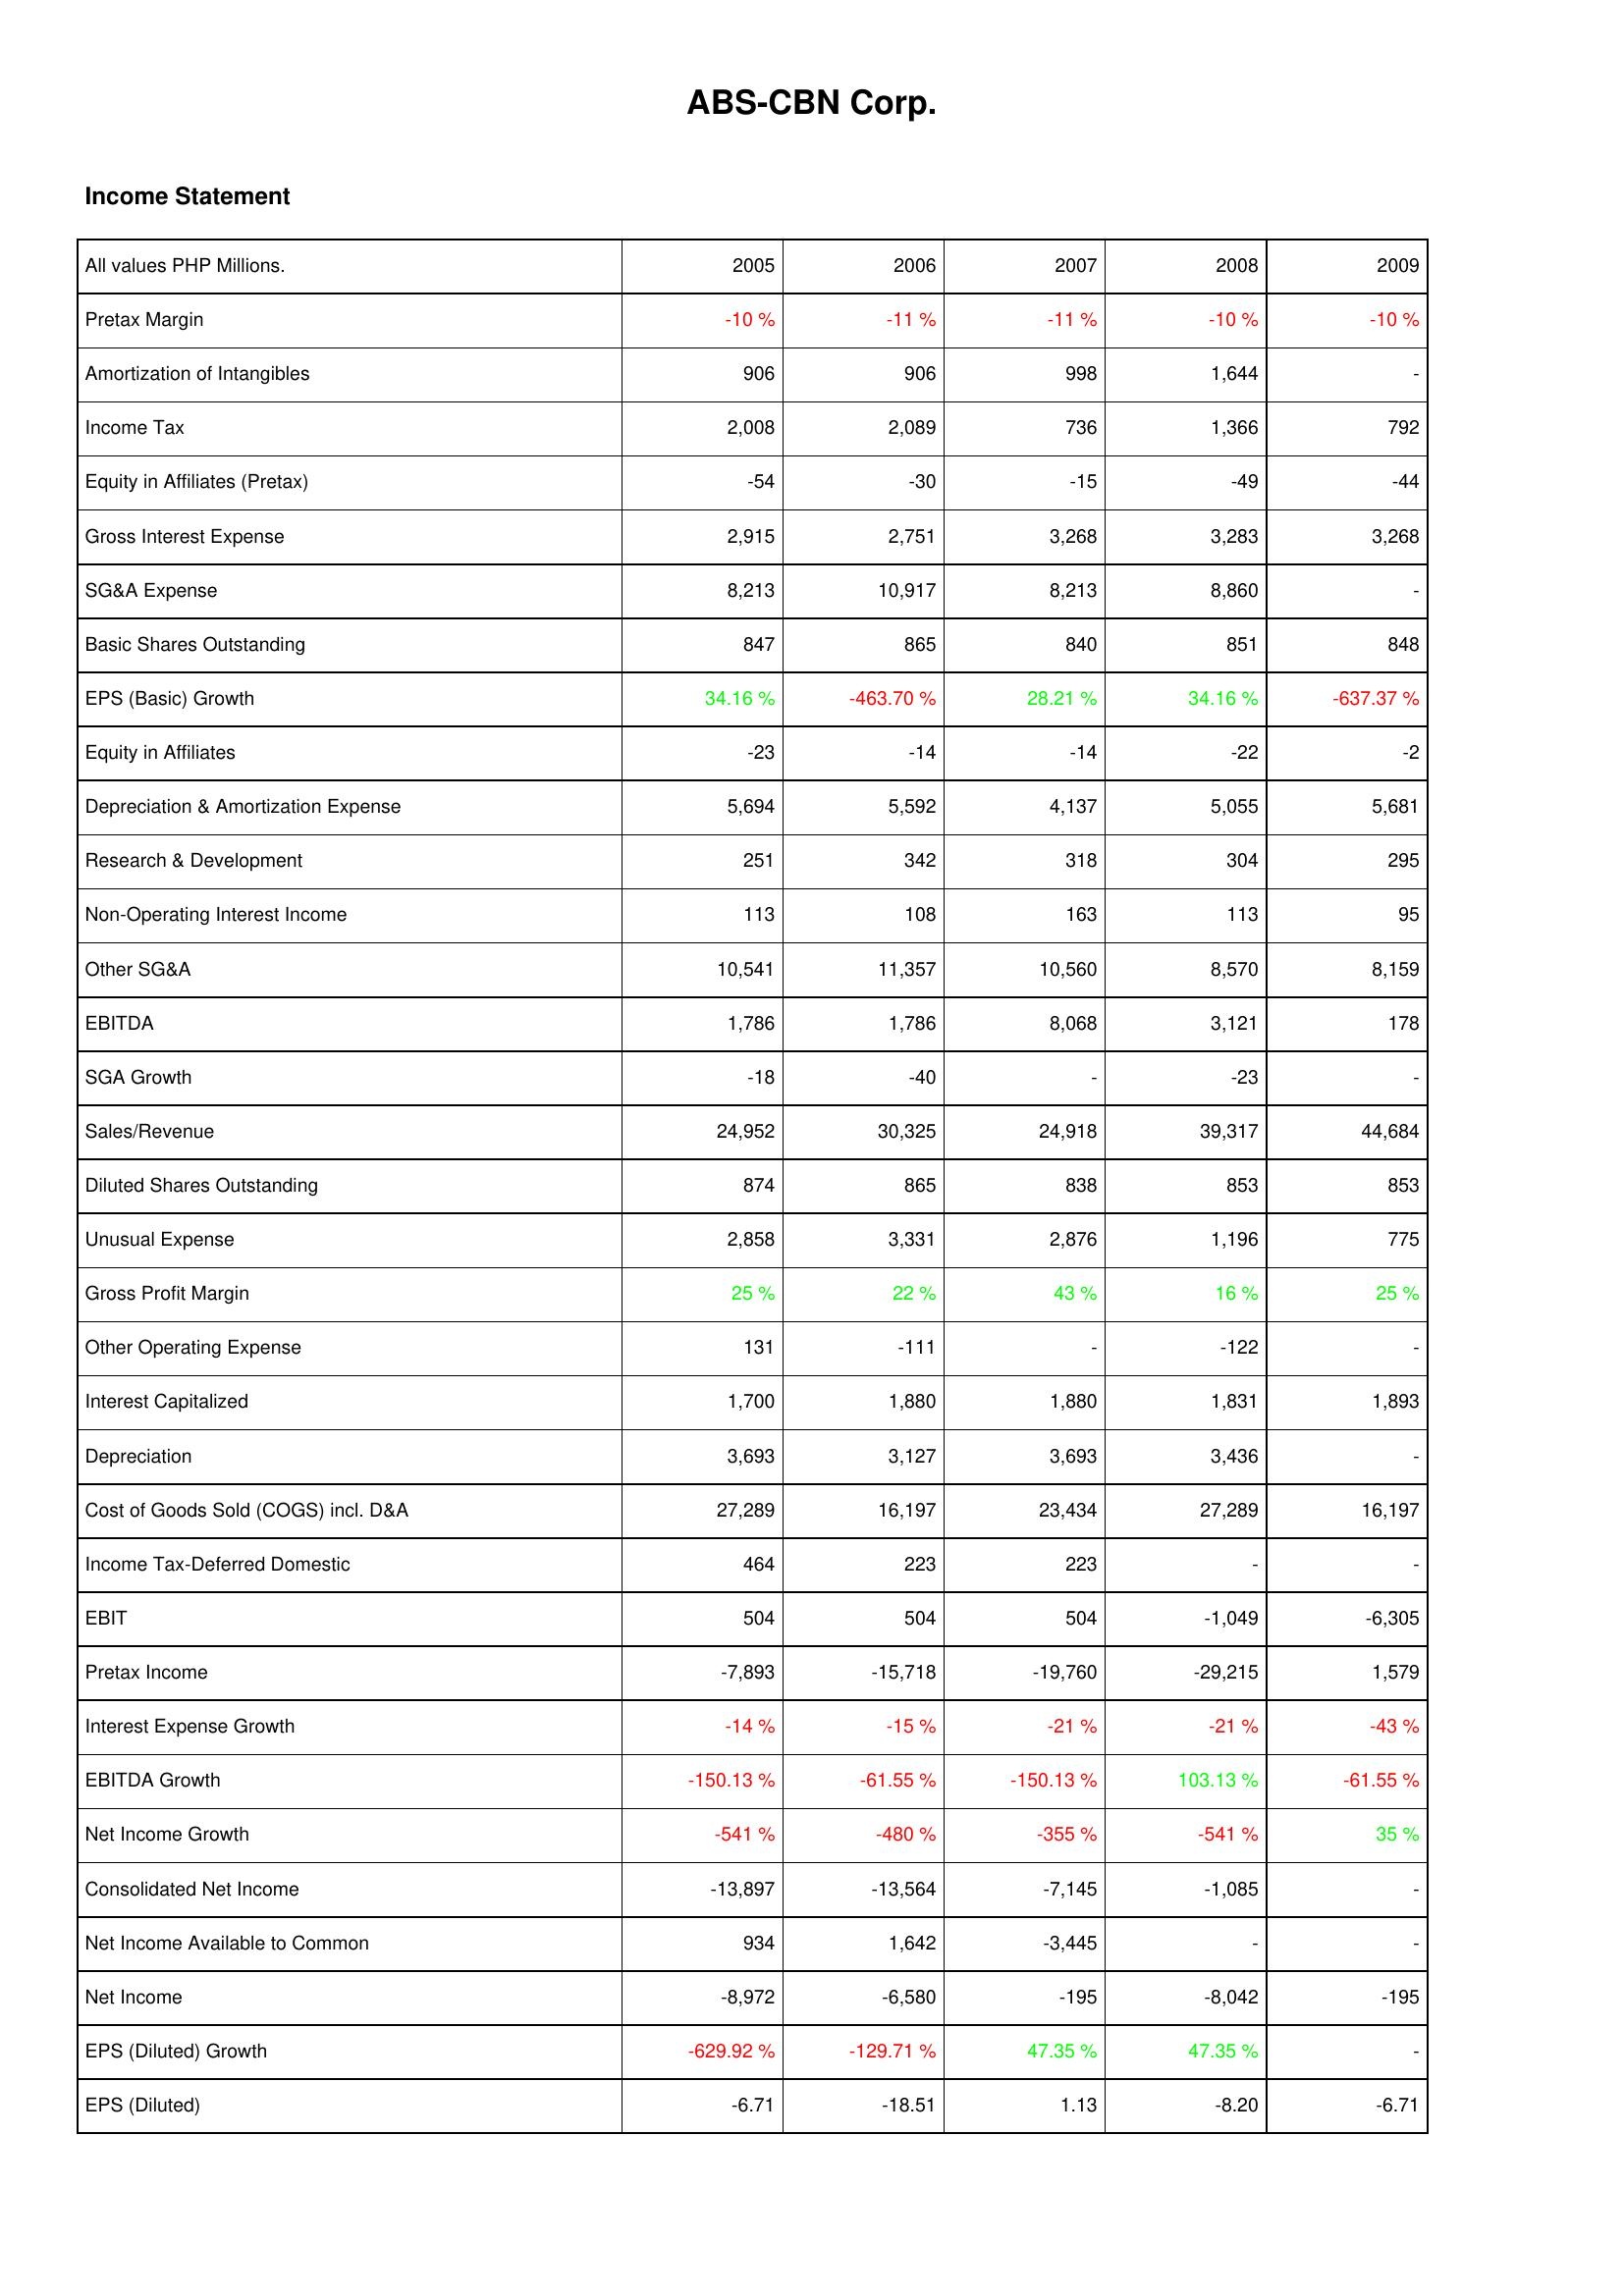
2005: Income Statement: Pretax Margin: -10 %
Amortization of Intangibles: 906
Income Tax: 2,008
Equity in Affiliates (Pretax): -54
Gross Interest Expense: 2,915
SG&A Expense: 8,213
Basic Shares Outstanding: 847
EPS (Basic) Growth: 34.16 %
Equity in Affiliates: -23
Depreciation & Amortization Expense: 5,694
Research & Development: 251
Non-Operating Interest Income: 113
Other SG&A: 10,541
EBITDA: 1,786
SGA Growth: -18
Sales/Revenue: 24,952
Diluted Shares Outstanding: 874
Unusual Expense: 2,858
Gross Profit Margin: 25 %
Other Operating Expense: 131
Interest Capitalized: 1,700
Depreciation: 3,693
Cost of Goods Sold (COGS) incl. D&A: 27,289
Income Tax-Deferred Domestic: 464
EBIT: 504
Pretax Income: -7,893
Interest Expense Growth: -14 %
EBITDA Growth: -150.13 %
Net Income Growth: -541 %
Consolidated Net Income: -13,897
Net Income Available to Common: 934
Net Income: -8,972
EPS (Diluted) Growth: -629.92 %
EPS (Diluted): -6.71
2006: Income Statement: Pretax Margin: -11 %
Amortization of Intangibles: 906
Income Tax: 2,089
Equity in Affiliates (Pretax): -30
Gross Interest Expense: 2,751
SG&A Expense: 10,917
Basic Shares Outstanding: 865
EPS (Basic) Growth: -463.70 %
Equity in Affiliates: -14
Depreciation & Amortization Expense: 5,592
Research & Development: 342
Non-Operating Interest Income: 108
Other SG&A: 11,357
EBITDA: 1,786
SGA Growth: -40
Sales/Revenue: 30,325
Diluted Shares Outstanding: 865
Unusual Expense: 3,331
Gross Profit Margin: 22 %
Other Operating Expense: -111
Interest Capitalized: 1,880
Depreciation: 3,127
Cost of Goods Sold (COGS) incl. D&A: 16,197
Income Tax-Deferred Domestic: 223
EBIT: 504
Pretax Income: -15,718
Interest Expense Growth: -15 %
EBITDA Growth: -61.55 %
Net Income Growth: -480 %
Consolidated Net Income: -13,564
Net Income Available to Common: 1,642
Net Income: -6,580
EPS (Diluted) Growth: -129.71 %
EPS (Diluted): -18.51
2007: Income Statement: Pretax Margin: -11 %
Amortization of Intangibles: 998
Income Tax: 736
Equity in Affiliates (Pretax): -15
Gross Interest Expense: 3,268
SG&A Expense: 8,213
Basic Shares Outstanding: 840
EPS (Basic) Growth: 28.21 %
Equity in Affiliates: -14
Depreciation & Amortization Expense: 4,137
Research & Development: 318
Non-Operating Interest Income: 163
Other SG&A: 10,560
EBITDA: 8,068
SGA Growth: -
Sales/Revenue: 24,918
Diluted Shares Outstanding: 838
Unusual Expense: 2,876
Gross Profit Margin: 43 %
Other Operating Expense: -
Interest Capitalized: 1,880
Depreciation: 3,693
Cost of Goods Sold (COGS) incl. D&A: 23,434
Income Tax-Deferred Domestic: 223
EBIT: 504
Pretax Income: -19,760
Interest Expense Growth: -21 %
EBITDA Growth: -150.13 %
Net Income Growth: -355 %
Consolidated Net Income: -7,145
Net Income Available to Common: -3,445
Net Income: -195
EPS (Diluted) Growth: 47.35 %
EPS (Diluted): 1.13
2008: Income Statement: Pretax Margin: -10 %
Amortization of Intangibles: 1,644
Income Tax: 1,366
Equity in Affiliates (Pretax): -49
Gross Interest Expense: 3,283
SG&A Expense: 8,860
Basic Shares Outstanding: 851
EPS (Basic) Growth: 34.16 %
Equity in Affiliates: -22
Depreciation & Amortization Expense: 5,055
Research & Development: 304
Non-Operating Interest Income: 113
Other SG&A: 8,570
EBITDA: 3,121
SGA Growth: -23
Sales/Revenue: 39,317
Diluted Shares Outstanding: 853
Unusual Expense: 1,196
Gross Profit Margin: 16 %
Other Operating Expense: -122
Interest Capitalized: 1,831
Depreciation: 3,436
Cost of Goods Sold (COGS) incl. D&A: 27,289
Income Tax-Deferred Domestic: -
EBIT: -1,049
Pretax Income: -29,215
Interest Expense Growth: -21 %
EBITDA Growth: 103.13 %
Net Income Growth: -541 %
Consolidated Net Income: -1,085
Net Income Available to Common: -
Net Income: -8,042
EPS (Diluted) Growth: 47.35 %
EPS (Diluted): -8.20
2009: Income Statement: Pretax Margin: -10 %
Amortization of Intangibles: -
Income Tax: 792
Equity in Affiliates (Pretax): -44
Gross Interest Expense: 3,268
SG&A Expense: -
Basic Shares Outstanding: 848
EPS (Basic) Growth: -637.37 %
Equity in Affiliates: -2
Depreciation & Amortization Expense: 5,681
Research & Development: 295
Non-Operating Interest Income: 95
Other SG&A: 8,159
EBITDA: 178
SGA Growth: -
Sales/Revenue: 44,684
Diluted Shares Outstanding: 853
Unusual Expense: 775
Gross Profit Margin: 25 %
Other Operating Expense: -
Interest Capitalized: 1,893
Depreciation: -
Cost of Goods Sold (COGS) incl. D&A: 16,197
Income Tax-Deferred Domestic: -
EBIT: -6,305
Pretax Income: 1,579
Interest Expense Growth: -43 %
EBITDA Growth: -61.55 %
Net Income Growth: 35 %
Consolidated Net Income: -
Net Income Available to Common: -
Net Income: -195
EPS (Diluted) Growth: -
EPS (Diluted): -6.71